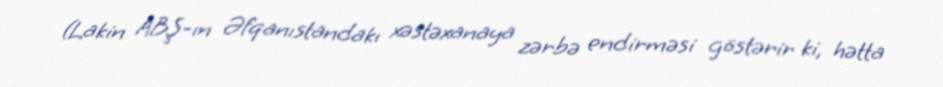
(Lakin ABŞ-ın Əfqanıstandakı xəstəxanaya zərbə endirməsi göstərir ki, hətta